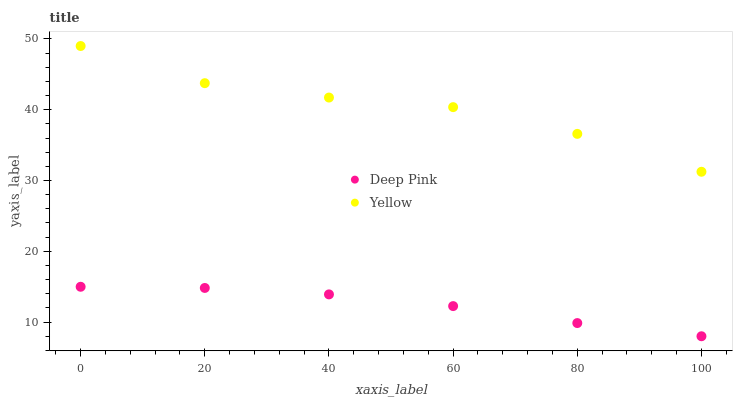
| xaxis_label | Deep Pink | Yellow |
 | --- | --- | --- |
 | 0 | 15 | 49 |
 | 20 | 14.8 | 43.8 |
 | 40 | 13.9 | 41.7 |
 | 60 | 12.3 | 40.4 |
 | 80 | 9.86 | 36.6 |
 | 100 | 8 | 31.2 |